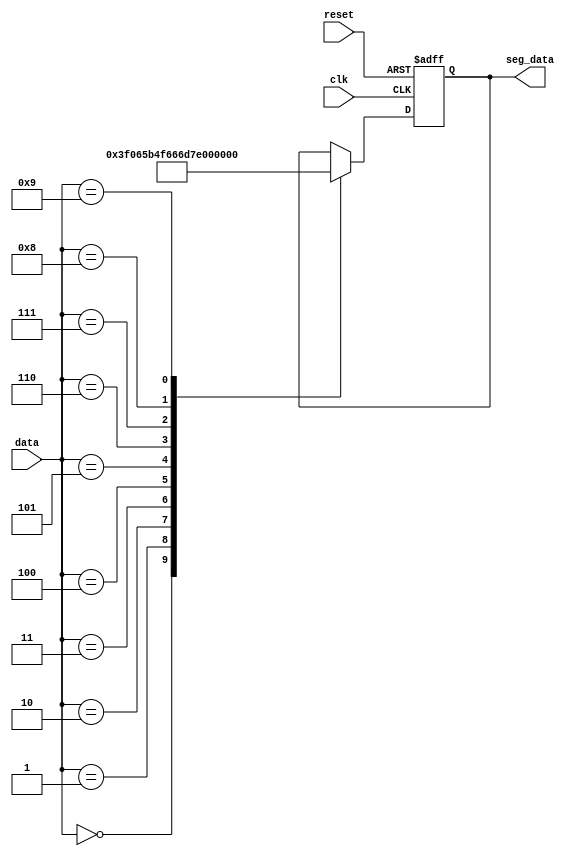
module seg_decode(
	input clk, reset,
	input [3:0] data,
	output reg [7:0] seg_data
);

always @(posedge clk or negedge reset) begin
	if(~reset) begin
		seg_data <= 0;
	end
	else begin
		case(data)
			4'd0 : seg_data <= 8'b0011_1111;
			4'd1 : seg_data <= 8'b0000_0110;
			4'd2 : seg_data <= 8'b0101_1011;
			4'd3 : seg_data <= 8'b0100_1111;
			4'd4 : seg_data <= 8'b0110_0110;
			4'd5 : seg_data <= 8'b0110_1101;
			4'd6 : seg_data <= 8'b0111_1101;
			4'd7 : seg_data <= 8'b0010_0111;
			4'd8 : seg_data <= 8'b0111_1111;
			4'd9 : seg_data <= 8'b0110_0111;
			default : seg_data <= seg_data;
		endcase
	end
end
endmodule